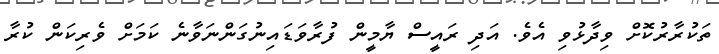
ތަކުރާރުކޮށް ވިދާޅުވި އެވެ. އަދި ރައީސް ޔާމީން ފުރާވަޑައިނުގަންނަވާނެ ކަމަށް ވެރިކަން ކުރާ